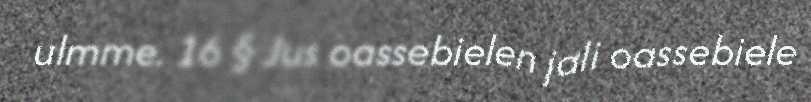
ulmme. 16 § Jus oassebielen jali oassebiele